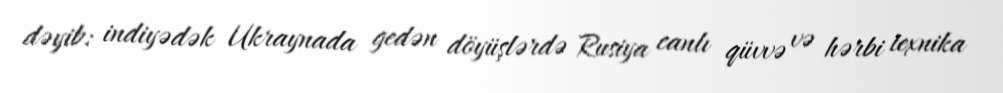
dəyib: indiyədək Ukraynada gedən döyüşlərdə Rusiya canlı qüvvə və hərbi texnika